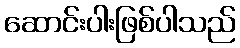
ဆောင်းပါးဖြစ်ပါသည်